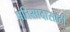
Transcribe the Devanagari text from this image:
प्रतिसादासाठी